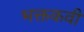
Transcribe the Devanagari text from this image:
भक्तकवी